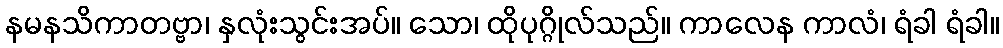
နမနသိကာတဗ္ဗာ၊ နှလုံးသွင်းအပ်။ သော၊ ထိုပုဂ္ဂိုလ်သည်။ ကာလေန ကာလံ၊ ရံခါ ရံခါ။